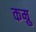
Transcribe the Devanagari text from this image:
कम्रु